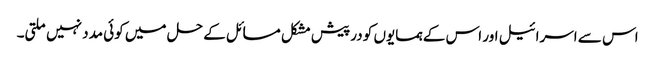
اس سے اسرائیل اور اس کے ہمسایوں کو درپیش مشکل مسائل کے حل میں کوئی مدد نہیں ملتی۔